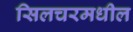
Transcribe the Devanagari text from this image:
सिलचरमधील